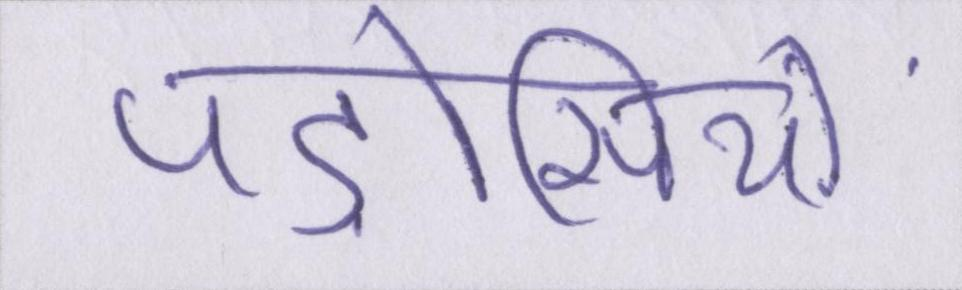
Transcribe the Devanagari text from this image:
पड़ोसियों